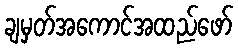
ချမှတ်အကောင်အထည်ဖော်